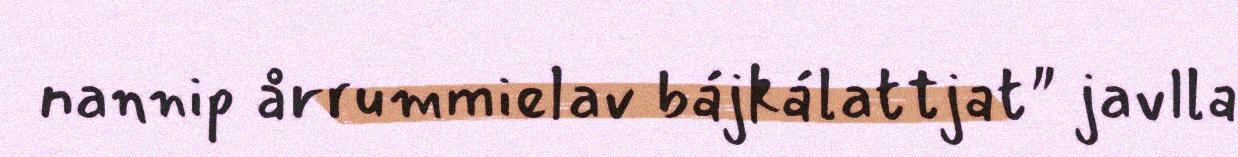
nannip årrummielav bájkálattjat" javlla